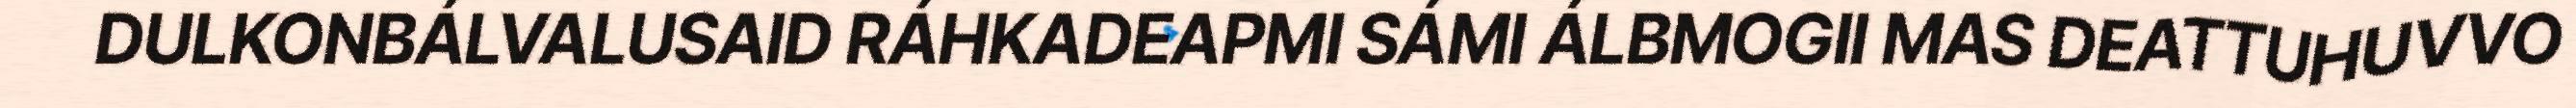
DULKONBÁLVALUSAID RÁHKADEAPMI SÁMI ÁLBMOGII MAS DEATTUHUVVO